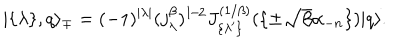
LaTeX: | \{ \lambda \} , q \rangle _ { \mp } = ( - 1 ) ^ { | \lambda | } ( j _ { \lambda } ^ { \beta } ) ^ { 1 / 2 } J _ { \{ \lambda ^ { \prime } \} } ^ { ( 1 / \beta ) } ( \{ \pm \sqrt { \beta } \alpha _ { - n } \} ) | q \rangle .